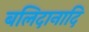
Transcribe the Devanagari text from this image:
बलिदानादि